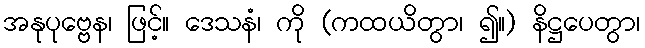
အနုပုဗ္ဗေန၊ ဖြင့်။ ဒေသနံ၊ ကို (ကထယိတွာ၊ ၍။) နိဋ္ဌပေတွာ၊